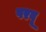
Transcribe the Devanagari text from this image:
परवू